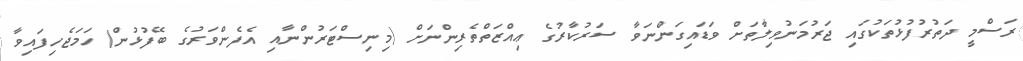
ރަސްމީ ދަތުރުފުޅުތަކުގައި ޖަރުމަނުވިލާތަށް ވަޑައިގަންނަވާ ސަރުކާރުގެ ޢިއްޒަތްތެރިންނަށް (މިނިސްޓަރުންނާއި އެފެންވަރުގެ ބޭފުޅުން) ހަމަޖެހިފައިވާ